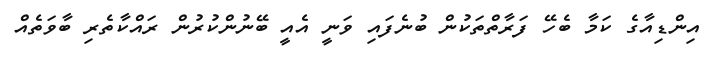
އިންޑިއާގެ ކަމާ ބެހޭ ފަރާތްތަކުން ބުނެފައި ވަނީ އެއީ ބޭނުންކުރުން ރައްކާތެރި ބާވަތެއް